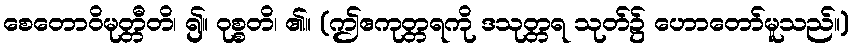
စေတောဝိမုတ္တီတိ၊ ၍။ ဝုစ္စတိ၊ ၏။ (ဤဧကုတ္တရကို ဒသုတ္တရ သုတ်၌ ဟောတော်မူသည်။)